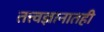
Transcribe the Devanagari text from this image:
तत्त्वज्ञानातही